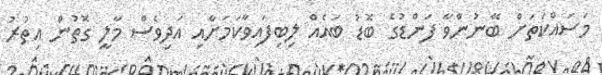
މަސައްކަތަށް ބޭނުންވާ ފަންޑުގެ ބޮޑު ބައެއް ލިބިފައިވާކަމަށާއި އަދިވެސް މާލީ ގޮތުން އިތުރު